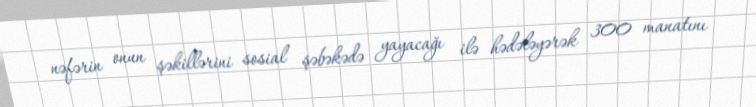
nəfərin onun şəkillərini sosial şəbəkədə yayacağı ilə hədələyərək 300 manatını